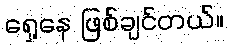
ရှေ့နေ ဖြစ်ချင်တယ်။